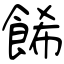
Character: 餙